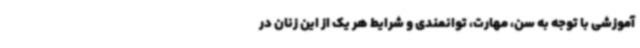
آموزشی با توجه به سن، مهارت، توانمندی و شرایط هر یک از این زنان در